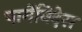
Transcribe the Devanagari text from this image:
पार्मेनिदेस